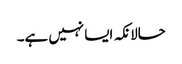
حالانکہ ایسا نہیں ہے۔